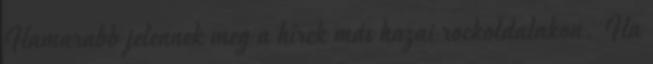
Hamarabb jelennek meg a hí­rek más hazai rockoldalakon. Ha